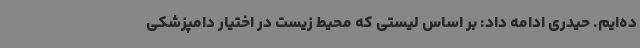
ده‌ایم. حیدری ادامه داد: بر اساس لیستی که محیط زیست در اختیار دامپزشکی